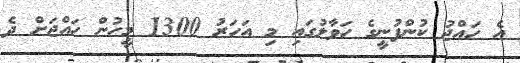
އެ ހައްޖު ކުންފުނީގެ ހަވާލުގައި މި އަހަރު 1300 މީހުން ހައްޖަށް ދެ